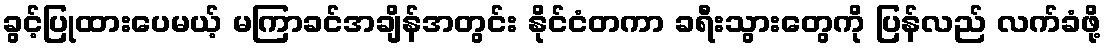
ခွင့်ပြုထားပေမယ့် မကြာခင်အချိန်အတွင်း နိုင်ငံတကာ ခရီးသွားတွေကို ပြန်လည် လက်ခံဖို့